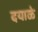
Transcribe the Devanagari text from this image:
दयाळे